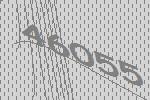
46055